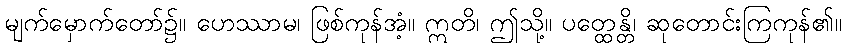
မျက်မှောက်တော်၌။ ဟေဿာမ၊ ဖြစ်ကုန်အံ့။ ဣတိ၊ ဤသို့။ ပတ္ထေန္တိ၊ ဆုတောင်းကြကုန်၏။